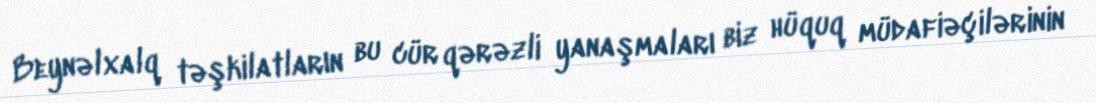
Beynəlxalq təşkilatların bu cür qərəzli yanaşmaları biz hüquq müdafiəçilərinin